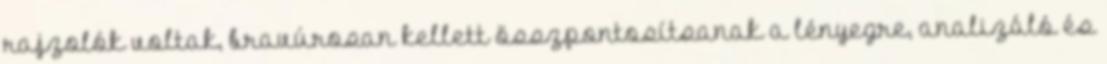
rajzolók voltak, bravúrosan kellett összpontosítsanak a lényegre, analizáló és